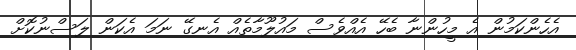
އެހެންކަމުން އެ މީހުންނާ ބެހޭ އެއްވެސް މައުލޫމާތެއް އެނގޭ ނަމަ އެކަން ލަސްނުކޮށް